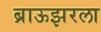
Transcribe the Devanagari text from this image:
ब्राऊझरला